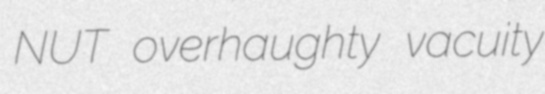
NUT overhaughty vacuity